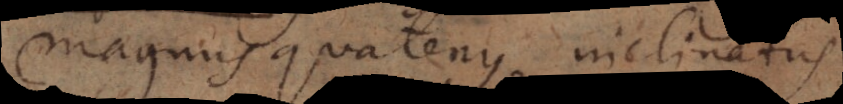
magnus quatenus inclinatus.